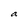
Character: a